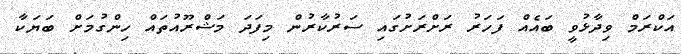
އަކްރަމް ވިދާޅުވީ ބައެއް ފަހަރު ރަށްރަށުގައި ސަރުކާރުން މިފަދަ މަޝްރޫއުތައް ހިންގުމަށް ބަޔަކާ